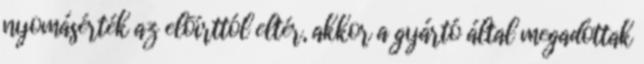
nyomásérték az elõírttól eltér, akkor a gyártó által megadottak